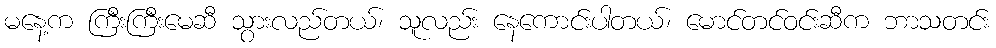
မနေ့က ကြီးကြီးမေဆီ သွားလည်တယ်၊ သူလည်း နေကောင်းပါတယ်၊ မောင်တင်ဝင်းဆီက ဘာသတင်း